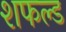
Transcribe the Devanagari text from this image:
शफल्ड